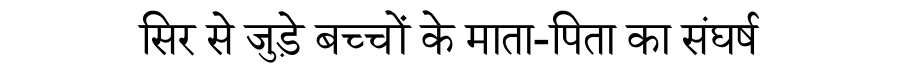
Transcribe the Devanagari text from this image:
सिर से जुड़े बच्चों के माता-पिता का संघर्ष